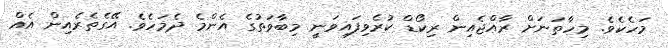
މަހެކެވެ. މިހާތަނަށް ރާއްޖެއިން ރިކޯޑް ކުރެވިފައިވަނީ މިބާވަތުގެ އެންމެ ދެމަހެވެ. އޭގެތެރެއިން އެއް